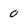
Character: 0